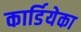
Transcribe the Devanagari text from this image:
कार्डियेका